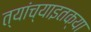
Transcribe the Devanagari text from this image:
त्यांच्याइतक्या